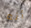
أنه